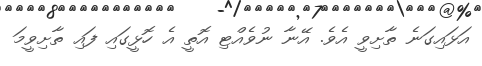
އަޅައިގަނެ ތާށިވީ އެވެ. އޭނާ ނުވެއްޓި އޮތީ އެ ހޮޅީގައި ފައި ތާށިވީމަ